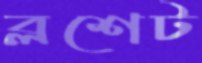
ব্লশেট